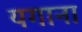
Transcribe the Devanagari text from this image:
यगाना